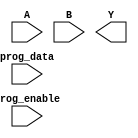
module FlashProgrammablePAL (
    input wire [N-1:0] A,        // Input signals
    input wire [M-1:0] B,        // Additional input signals
    input wire prog_enable,       // Programming enable signal
    input wire [P-1:0] prog_data, // Data to program the AND array
    output wire [Q-1:0] Y         // Output signals
);

parameter N = 3;                // Number of input signals
parameter M = 2;                // Number of additional input signals
parameter P = 8;                // Number of programmable AND gates
parameter Q = 4;                // Number of outputs

// Internal signals
reg [P-1:0] and_array;          // Programmable AND array
wire [P-1:0] and_outputs;       // Outputs from AND gates
wire [Q-1:0] or_outputs;        // Outputs from OR gates

// AND gate logic
genvar i;
generate
    for (i = 0; i < P; i = i + 1) begin : and_gate
        assign and_outputs[i] = and_array[i] ? (A[0] & A[1] & A[2]) : 1'b0; // Example logic
    end
endgenerate

// OR gate logic
generate
    for (i = 0; i < Q; i = i + 1) begin : or_gate
        assign or_outputs[i] = or_array[i]; // Simple OR operation
    end
endgenerate

// Programming logic
always @(posedge prog_enable) begin
    and_array <= prog_data; // Load programming data into AND array
end

// OR array logic (fixed connections)
assign Y = or_outputs;

endmodule